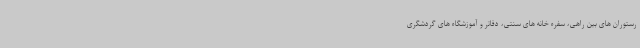
رستوران های بین راهی، سفره خانه های سنتی، دفاتر و آموزشگاه های گردشگری